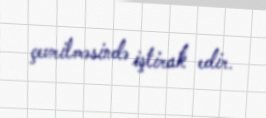
çevrilməsində iştirak edir.